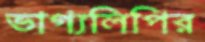
ভাগ্যলিপির